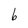
Character: b